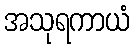
အသုရကာယံ